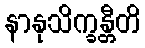
နာနုသိက္ခန္တီတိ